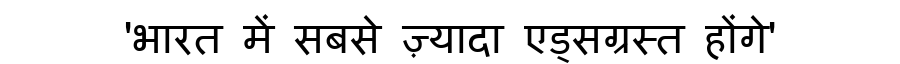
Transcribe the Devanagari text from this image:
'भारत में सबसे ज़्यादा एड्सग्रस्त होंगे'